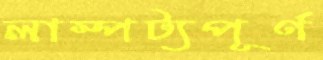
লাম্পট্যপূর্ণ